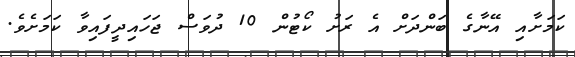
ކަމަށާއި އޭނާގެ ބަންދަށް އެ ރަށު ކޯޓުން 10 ދުވަސް ޖަހައިދީފައިވާ ކަމަށެވެ.